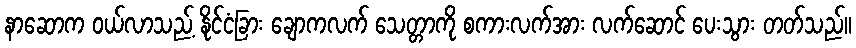
နာဆောက ဝယ်လာသည့် နိုင်ငံခြား ချောကလက် သေတ္တာကို စကားလက်အား လက်ဆောင် ပေးသွား တတ်သည်။